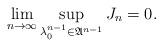
LaTeX: \begin{align*} \lim_{n\to\infty}\sup_{\lambda_0^{n-1}\in\mathfrak A^{n-1}} J_n=0.\end{align*}